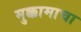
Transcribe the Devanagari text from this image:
मुक्कामाचा